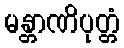
မန္တာဏိပုတ္တံ